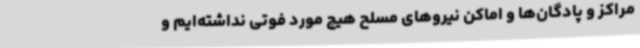
مراکز و پادگان‌ها و اماکن نیروهای مسلح هیچ مورد فوتی نداشته‌ایم و